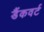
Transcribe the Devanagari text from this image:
डैंकवर्ट